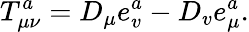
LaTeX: T_{\mu\nu}^{a}=D_{\mu}e_{v}^{a}-D_{v}e_{\mu}^{a}.